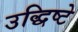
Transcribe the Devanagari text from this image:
उद्धिष्टे